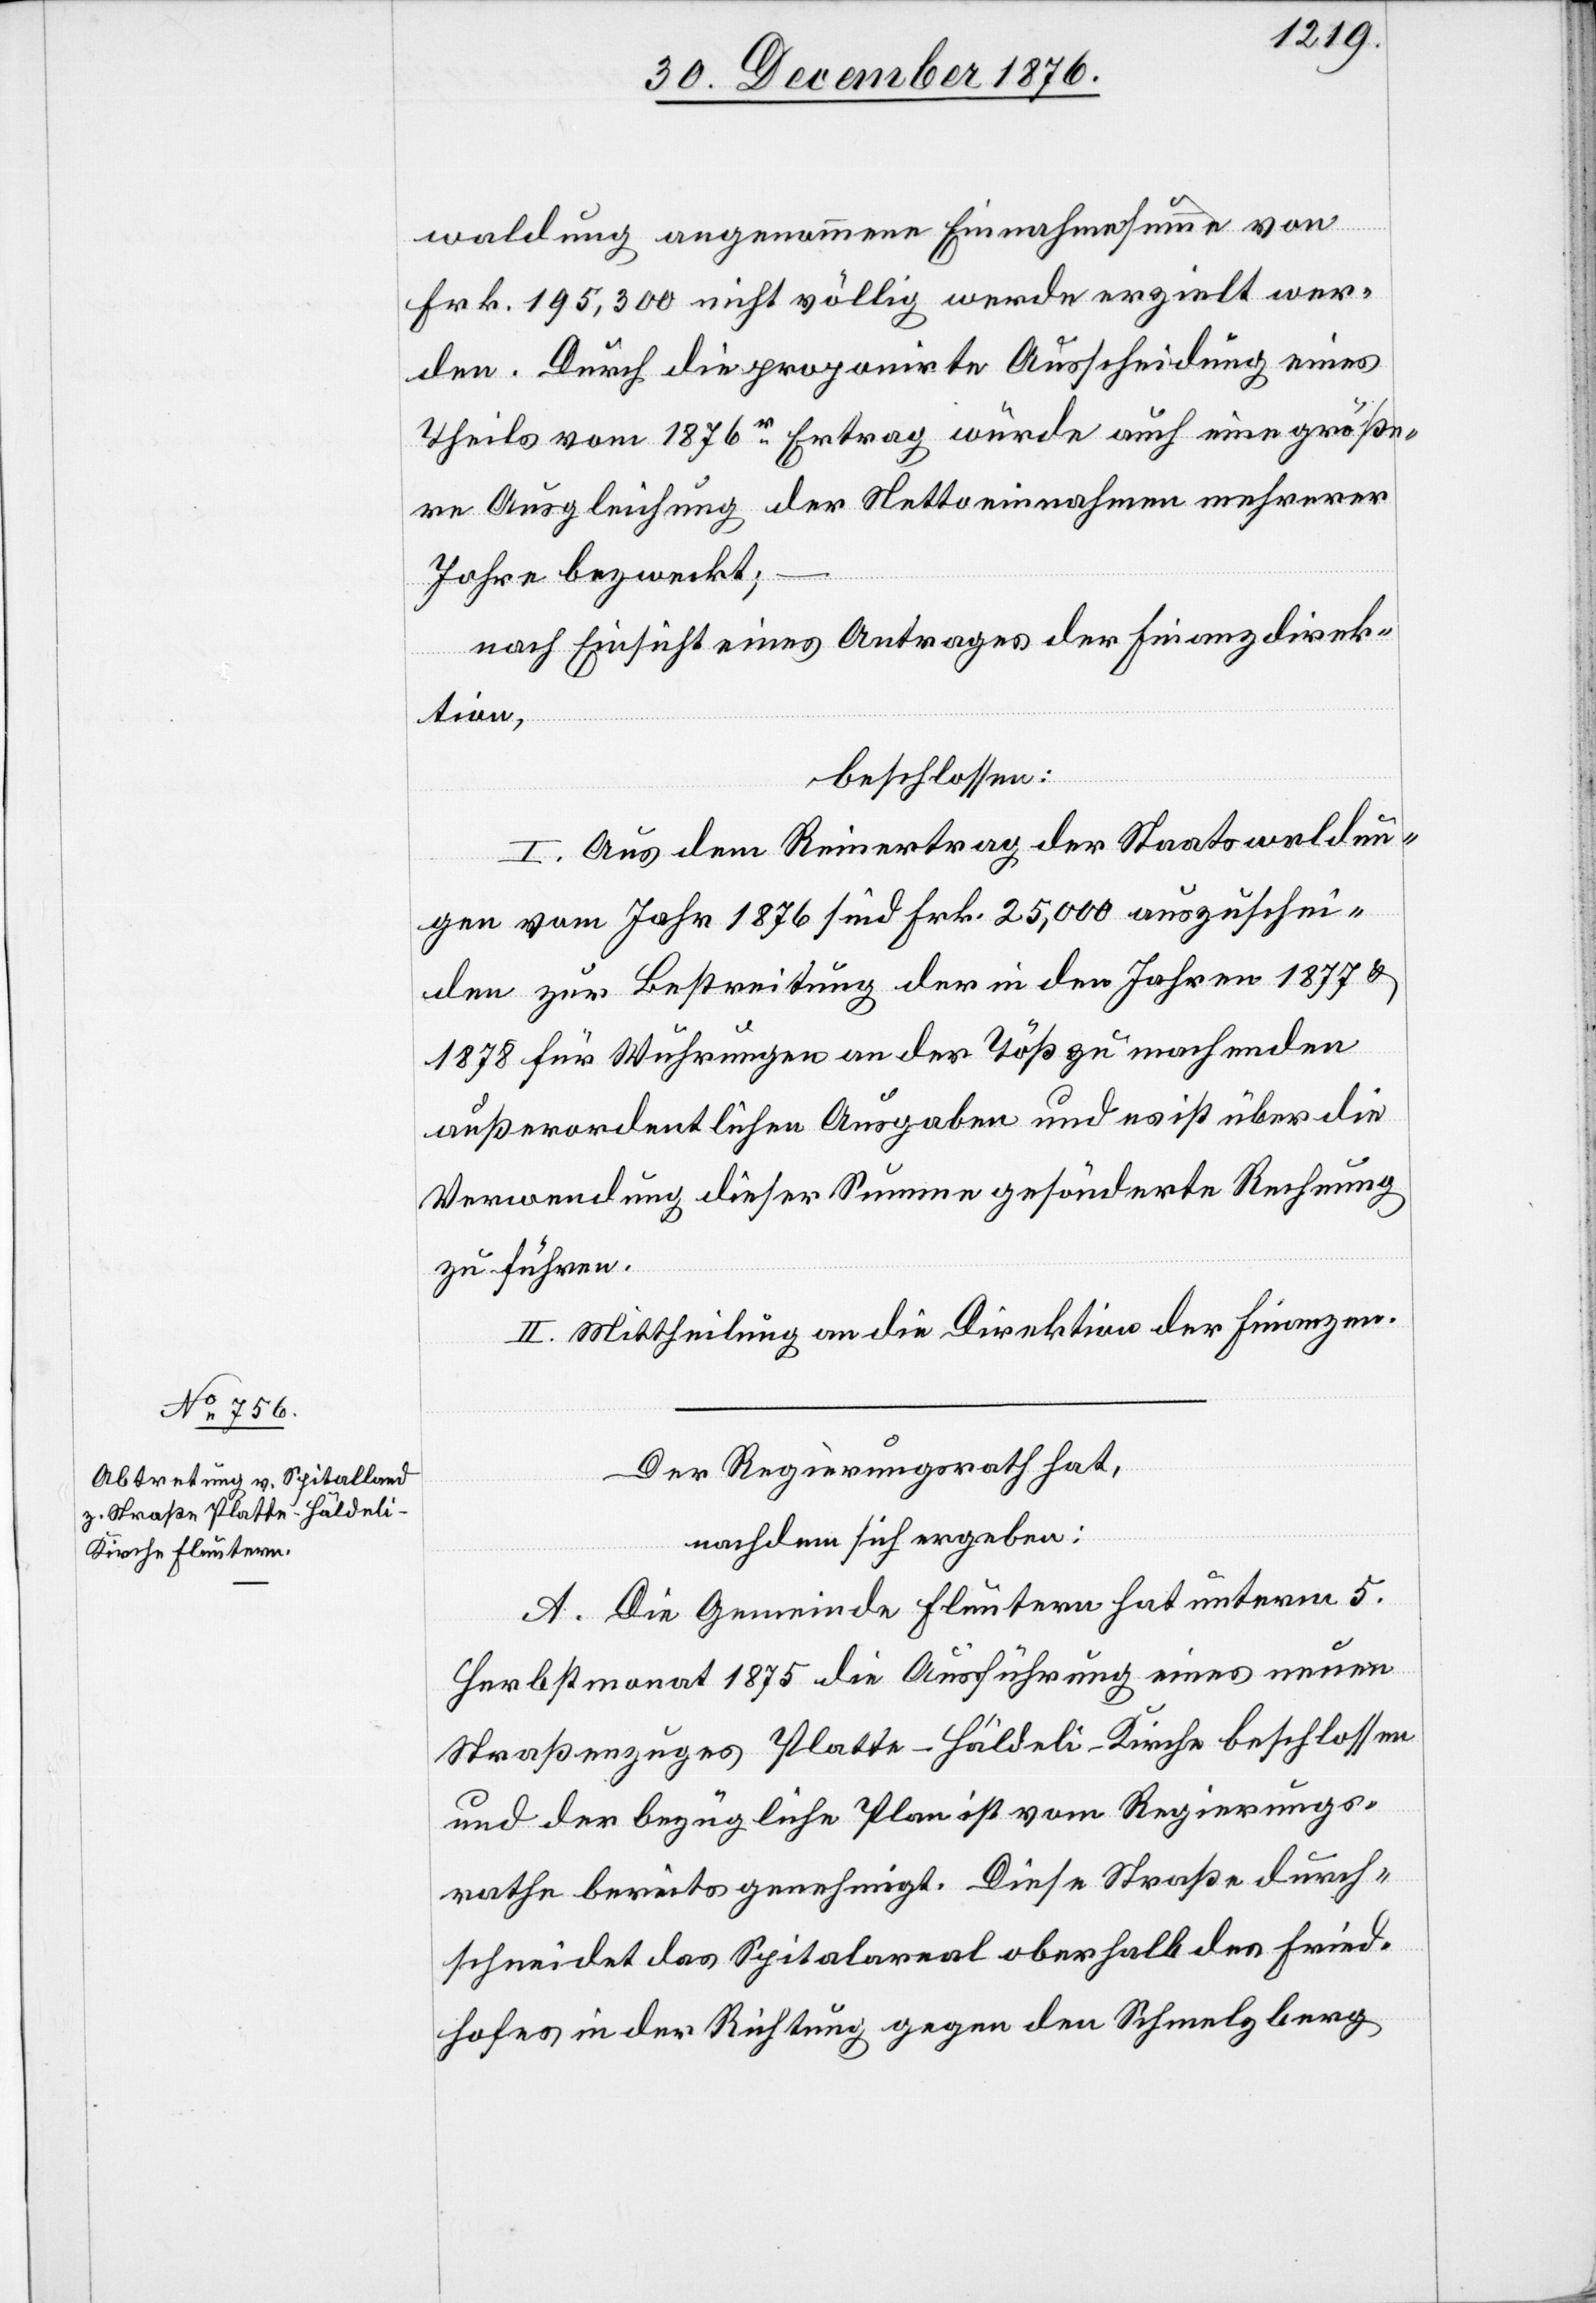
waldung angenommene Einnahmesumme von
Frk. 195,300 nicht völlig werde erzielt wer¬
den. Durch die proponirte Ausscheidung eines
Theils vom 1876r Ertrag würde auch eine größe¬
re Ausgleichung der Nettoeinnahmen mehrerer
Jahre bezweckt;
nach Einsicht eines Antrages der Finanzdirek¬
tion,
beschlossen:
I. Aus dem Reinertrag der Staatswaldun¬
gen vom Jahr 1876 sind Frk. 25,000 auszuschei¬
den zur Bestreitung der in den Jahren 1877 &
1878 für Wuhrungen an der Töß zu machenden
außerordentlichen Ausgaben und es ist über die
Verwendung dieser Summe gesönderte [sic!] Rechnung
zu führen.
II. Mittheilung an die Direktion der Finanzen.
Der Regierungsrath hat,
nachdem sich ergeben:
A. Die Gemeinde Fluntern hat unterm 5.
Herbstmonat 1875 die Ausführung eines neuen
Straßenzuges Platte–Häldeli–Kirche beschlossen
und der bezügliche Plan ist vom Regierungs¬
rathe bereits genehmigt. Diese Straße durch¬
schneidet das Spitalareal oberhalb des Fried¬
hofes in der Richtung gegen den Schmelzberg